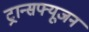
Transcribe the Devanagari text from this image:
ट्रान्सफ्यूजन